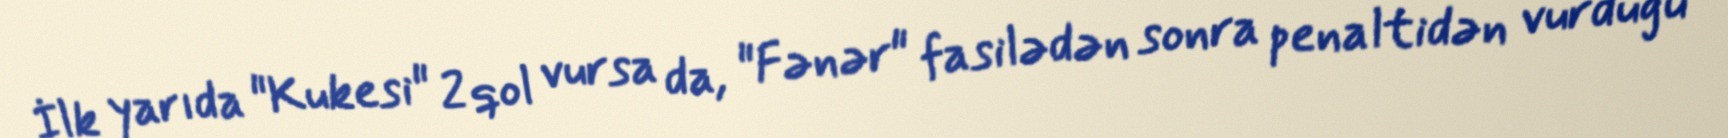
İlk yarıda "Kukesi" 2 qol vursa da, "Fənər" fasilədən sonra penaltidən vurduğu